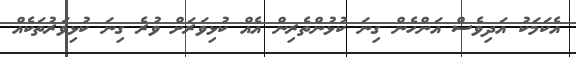
އެކަމަކު އަދިވެސް އަންހެން ގިނަ ކުޅުންތެރިން އެއް ކުޅިވަރަށް ވުރެ ގިނަ ކުޅިވަރުތަކެއް